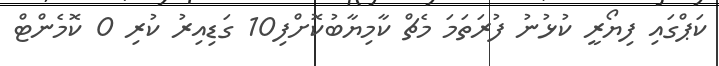
ކަޕްގައި ފިޔޯރީ ކުޅުނު ފުރަތަމަ މެޗް ކާމިޔާބުކޮށްފި10 ގަޑިއިރު ކުރި 0 ކޮމެންޓް